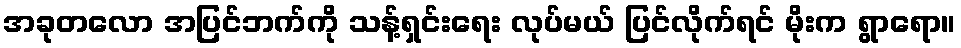
အခုတလော အပြင်ဘက်ကို သန့်ရှင်းရေး လုပ်မယ် ပြင်လိုက်ရင် မိုးက ရွာရော။